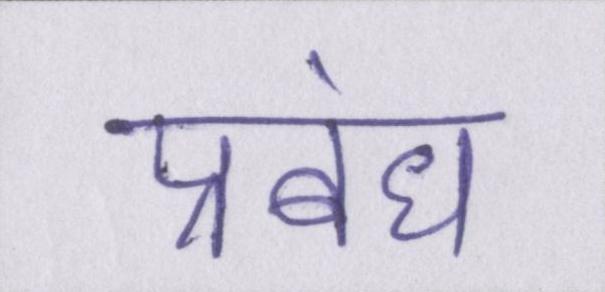
प्रबंध